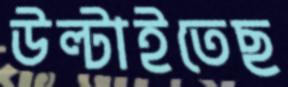
উল্‌টাইতেছ